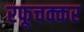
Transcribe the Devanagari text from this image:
रफूचक्कर